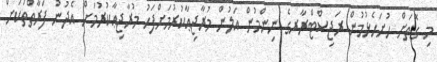
މި ގޮތަށް ހުށަހެޅުމުން ރަޖިސްޓްރާރގެ ނިންމުން އަލުން މުރާޖިޢާކުރުމަށްފަހު މުރާޖިޢާކުރުމަށް އެދުނު ފަރާތްތަކަށް